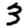
Digit: 3